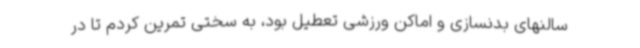
سالنهای بدنسازی و اماکن ورزشی تعطیل بود، به سختی تمرین کردم تا در